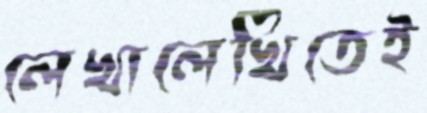
লেখালেখিতেই